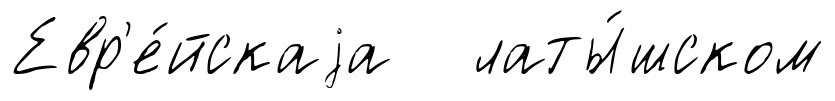
Евр'е́йскаjа латы́шском